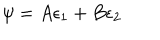
LaTeX: \psi = A \epsilon _ { 1 } + B \epsilon _ { 2 }